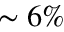
\sim 6 \%